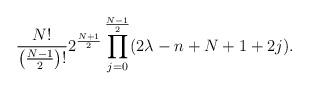
LaTeX: \begin{gather*}\frac{N!}{\big(\frac{N-1}{2}\big)!} 2^{\frac{N+1}{2}}\prod_{j=0}^{\frac{N-1}{2}}(2\lambda-n+N+1+2j).\end{gather*}